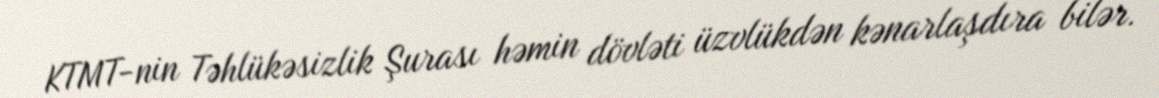
KTMT-nin Təhlükəsizlik Şurası həmin dövləti üzvlükdən kənarlaşdıra bilər.